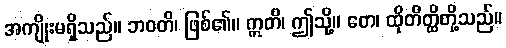
အကျိုးမရှိသည်။ ဘဝတိ၊ ဖြစ်၏။ ဣတိ၊ ဤသို့။ တေ၊ ထိုတိတ္ထိတို့သည်။